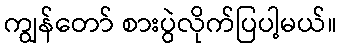
ကျွန်တော် စားပွဲလိုက်ပြပါ့မယ်။